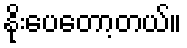
နိုးပေတော့တယ်။